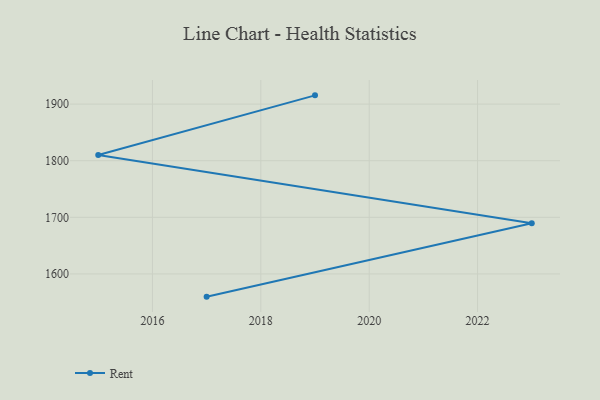
{"axis": {"x": "Year", "y": "Customer Acquisition Cost (USD)"}, "legend": ["Rent"], "data": [{"x": "2019", "y": 1915.5, "type": "Rent"}, {"x": "2015", "y": 1810.1, "type": "Rent"}, {"x": "2023", "y": 1689.5, "type": "Rent"}, {"x": "2017", "y": 1559.9, "type": "Rent"}]}